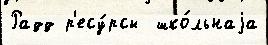
Радд р'есу́рсы  шко́льнаjа